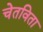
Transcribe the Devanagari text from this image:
चेतविता